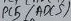
Text: ADC5